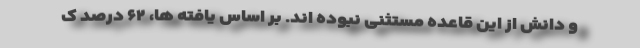
و دانش از این قاعده مستثنی نبوده اند. بر اساس یافته ها، ۶۲ درصد ک